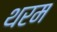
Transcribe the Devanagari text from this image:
थरम